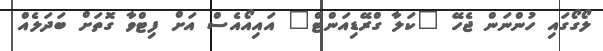
ލޯގޯގައި ހުންނަން ޖެހޭ "ކަލާ ގްރޭޑިއަންޓް" އައިއޯއެސް އަށް ފިޓްވާ ގޮތަށް ބަދަލެއް